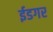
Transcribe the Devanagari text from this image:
ईडगर